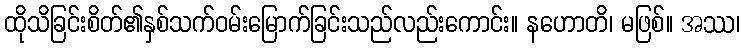
ထိုသိခြင်းစိတ်၏နှစ်သက်ဝမ်းမြောက်ခြင်းသည်လည်းကောင်း။ နဟောတိ၊ မဖြစ်။ အဿ၊